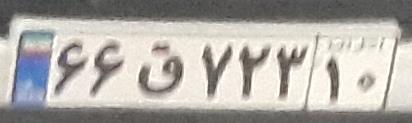
۶۶ق۷۲۳۱۰